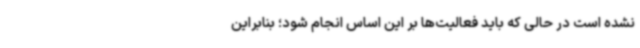
نشده است در حالی که باید فعالیت‌ها بر این اساس انجام شود؛ بنابراین